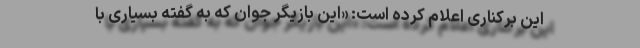
این برکناری اعلام کرده است: «این بازیگر جوان که به گفته بسیاری با